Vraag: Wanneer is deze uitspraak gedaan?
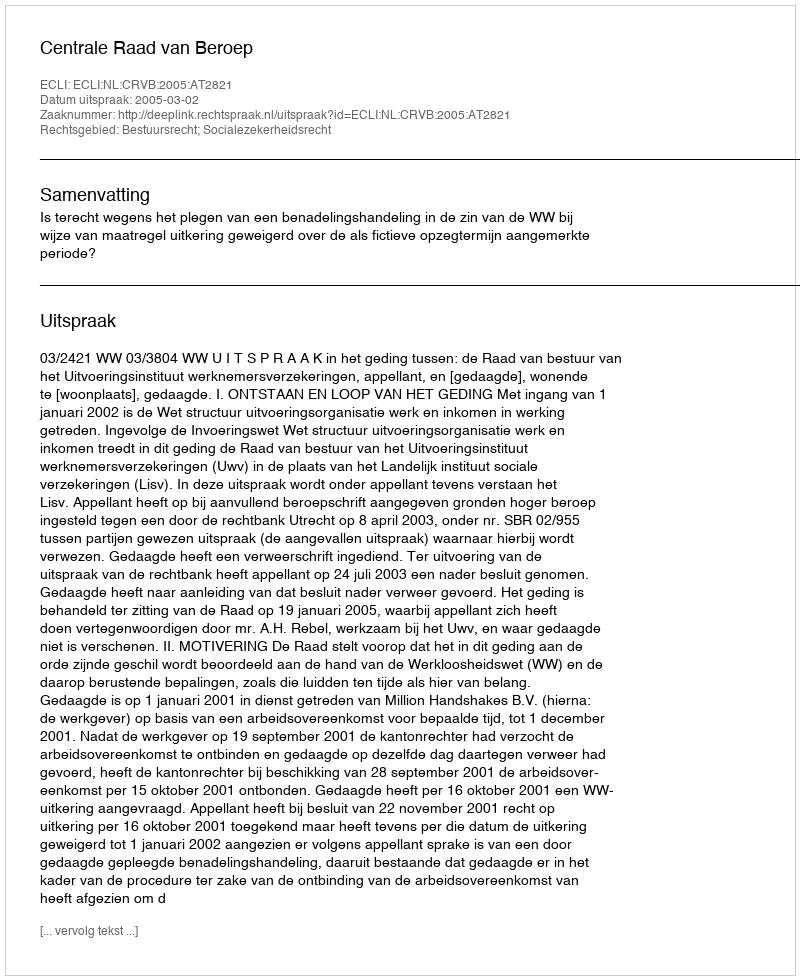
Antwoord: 2005-03-02